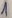
Text: 1